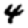
Digit: 4